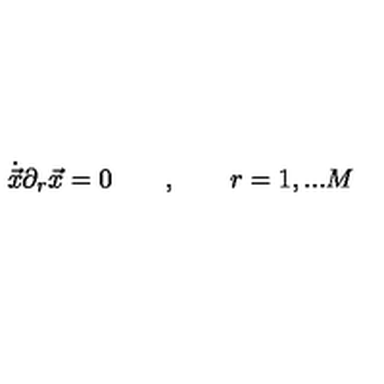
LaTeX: { \dot { \vec { x } } } \partial _ { r } \vec { x } = 0 \qquad , \qquad r = 1 , . . . M